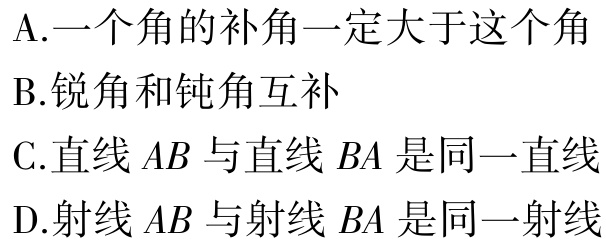
A.一个角的补角一定大于这个角
B.锐角和钝角互补
C.直线\(AB\)与直线\(BA\)是同一直线
D.射线\(AB\)与射线\(BA\)是同一射线